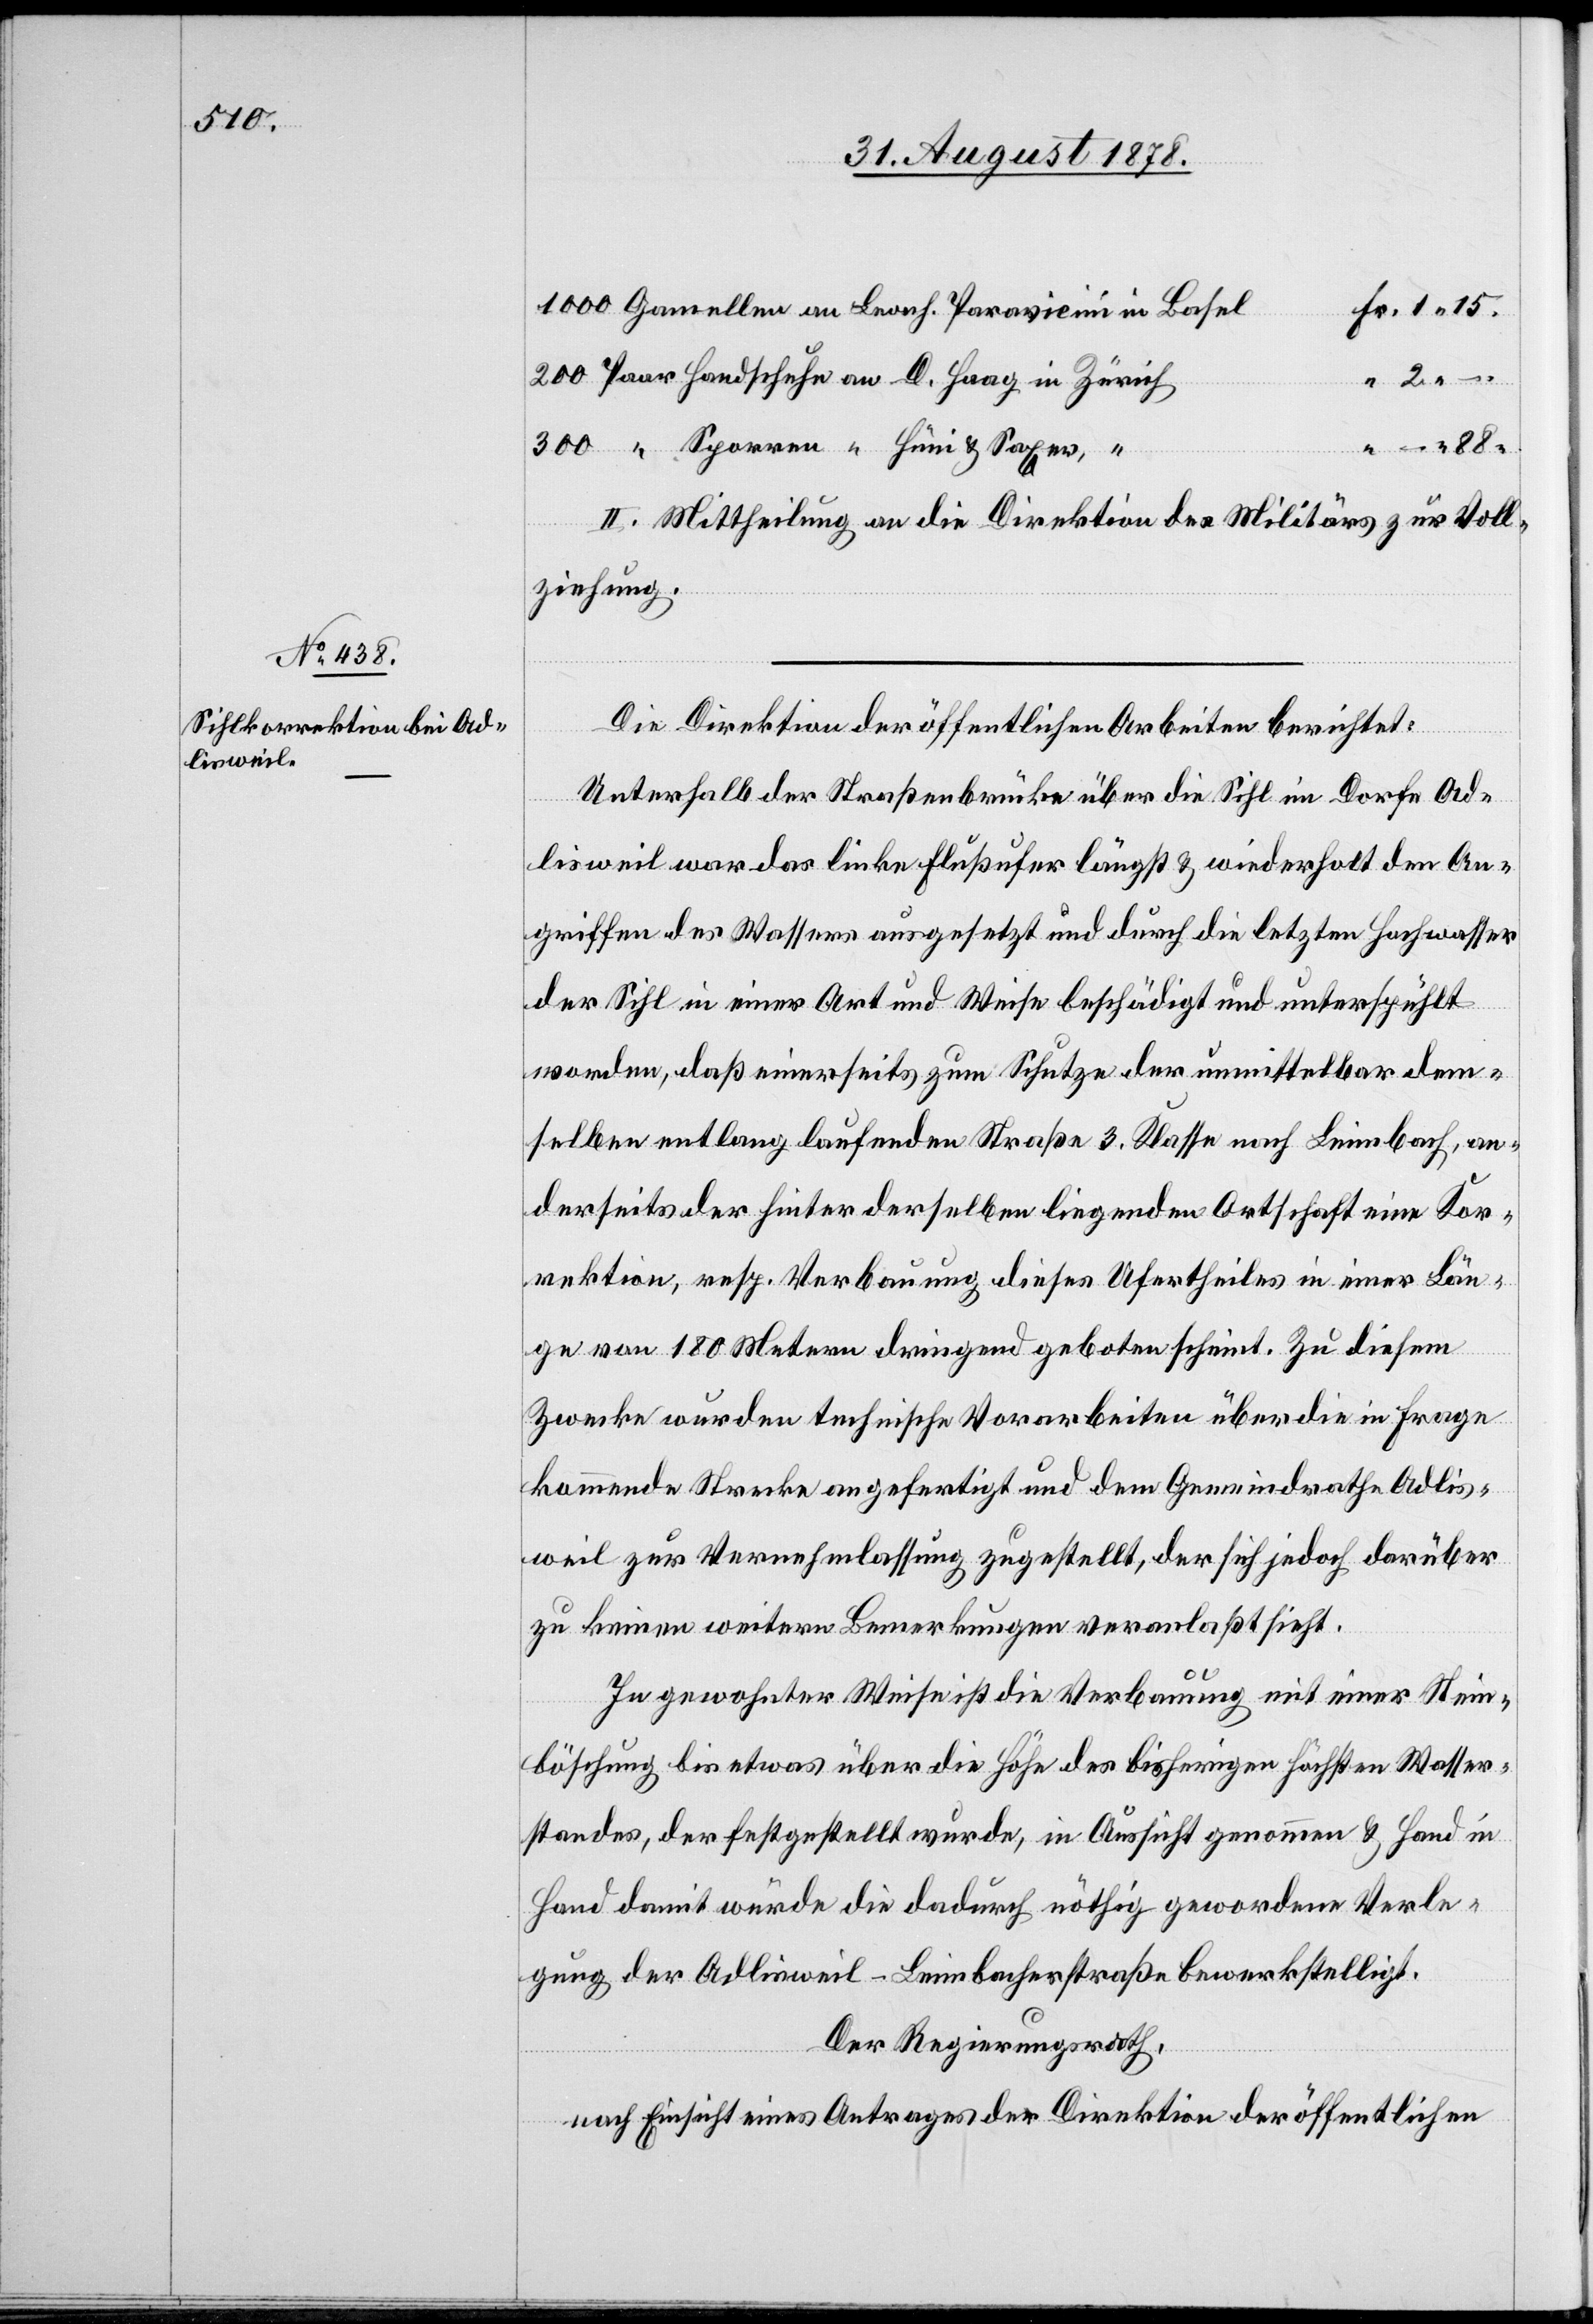
Hüni
Gamellen an Leonh. Paravicini in Basel
Paar Handschuhe an D. Haag in Zürich
beiten,
II. Mittheilung an die Direktion des Militärs zur Voll¬
ziehung.
Die Direktion der öffentlichen Arbeiten berichtet:
–
Unterhalb der Straßenbrücke über die Sihl im Dorfe Ad¬
lisweil war das linke Flussufer längst & wiederholt den An¬
griffen des Wassers ausgesetzt und durch die letzten Hochwasser
der Sihl in einer Art und Weise beschädigt und unterspühlt
worden, daß einerseits zum Schutze der unmittelbar dem¬
selben entlang laufenden Straße 3. Klasse nach Leimbach, an¬
derseits der hinter derselben liegenden Ortschaft eine Kor¬
rektion, resp. Verbauung dieses Ufertheiles in einer Län¬
ge von 180 Metern dringend geboten scheint. Zu diesem
15
Zwecke wurden technische Vorarbeiten über die in Frage
kommende Strecke angefertigt und dem Gemeindrathe Adlis¬
weil zur Vernehmlassung zugestellt, der sich jedoch darüber
zu keinen weitern Bemerkungen veranlaßt sieht.
1000
In gewohnter Weise ist die Verbauung mit einer Stein¬
Ar¬
böschung bis etwas über die Höhe des bisherigen höchsten Wasser¬
standes, der festgestellt wurde, in Aussicht genommen & Hand in
Hand damit würde die dadurch nöthig gewordene Verle¬
gung der Adlisweil–Leimbacherstraße bewerkstelligt.
Der Regierungsrath,
nach Einsicht eines Antrages der Direktion der öffentlichen